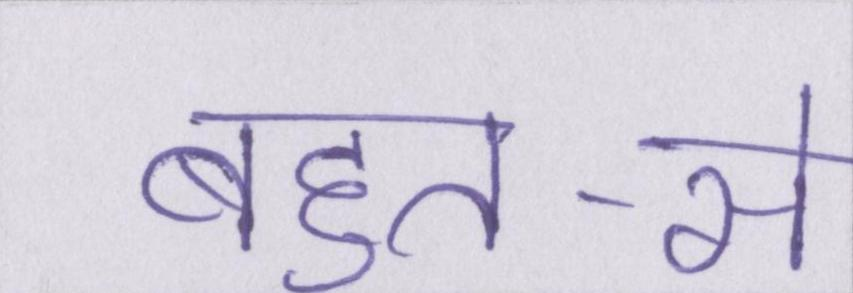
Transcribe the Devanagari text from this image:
बहुत-से